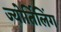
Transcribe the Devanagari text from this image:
ज्योर्तिलिंग